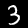
Label: 3